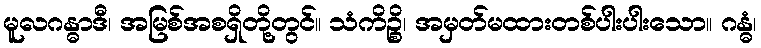
မူလဂန္ဓာဒီ၊ အမြစ်အစရှိတို့တွင်။ သံကိဉ္စိ၊ အမှတ်မထားတစ်ပါးပါးသော။ ဂန္ဓံ၊